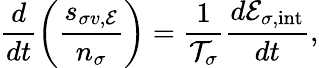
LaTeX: \frac{d}{dt}\left(\frac{s_{\sigma v,{\cal E}}}{n_{\sigma}}\right)=\frac{1}{{\cal T}_{\sigma}}\frac{d{\cal E}_{\sigma,\mathrm{int}}}{dt},